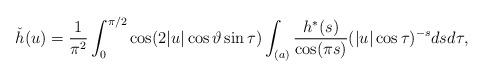
LaTeX: \begin{align*}\check{h}(u)=\frac{1}{\pi^2}\int_0^{\pi/2}\cos(2|u|\cos\vartheta\sin\tau)\int_{(a)}\frac{h^{*}(s)}{\cos(\pi s)}(|u|\cos\tau)^{-s}dsd\tau,\end{align*}